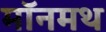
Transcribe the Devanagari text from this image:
मॉनमथ